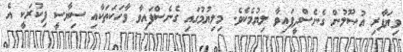
ވިޔަފާރި އުޞޫލުން ގެނެސްދީފައިވާ ލިޔުމެކެވެ. މިލިޔުމުގައި ގެނެސްފައިވާ ވާހަކަތަކާއި ސިޔާސީ ފިކުރަކީ އެ